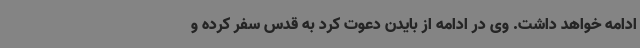
ادامه خواهد داشت. وی در ادامه از بایدن دعوت کرد به قدس سفر کرده و